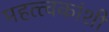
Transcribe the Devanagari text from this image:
महत्त्वकांशी